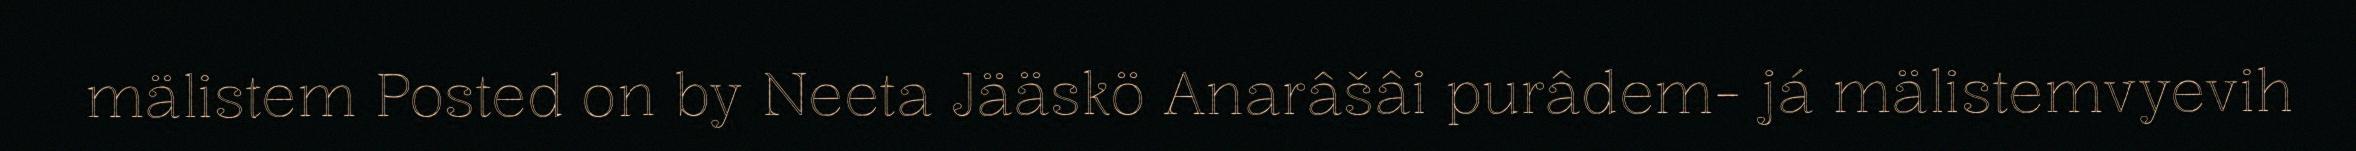
mälistem Posted on by Neeta Jääskö Anarâšâi purâdem- já mälistemvyevih